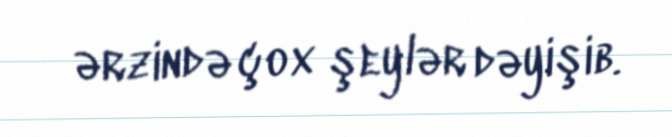
ərzində çox şeylər dəyişib.